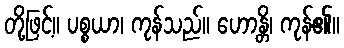
တို့ဖြင့်။ ပစ္စယာ၊ ကုန်သည်။ ဟောန္တိ၊ ကုန်၏။